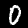
Label: 0